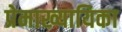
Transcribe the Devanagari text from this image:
प्रेमाख्यायिका